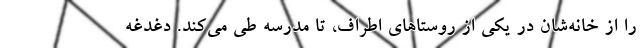
را از خانه‌شان در یکی از روستاهای اطراف، تا مدرسه طی می‌کند. دغدغه